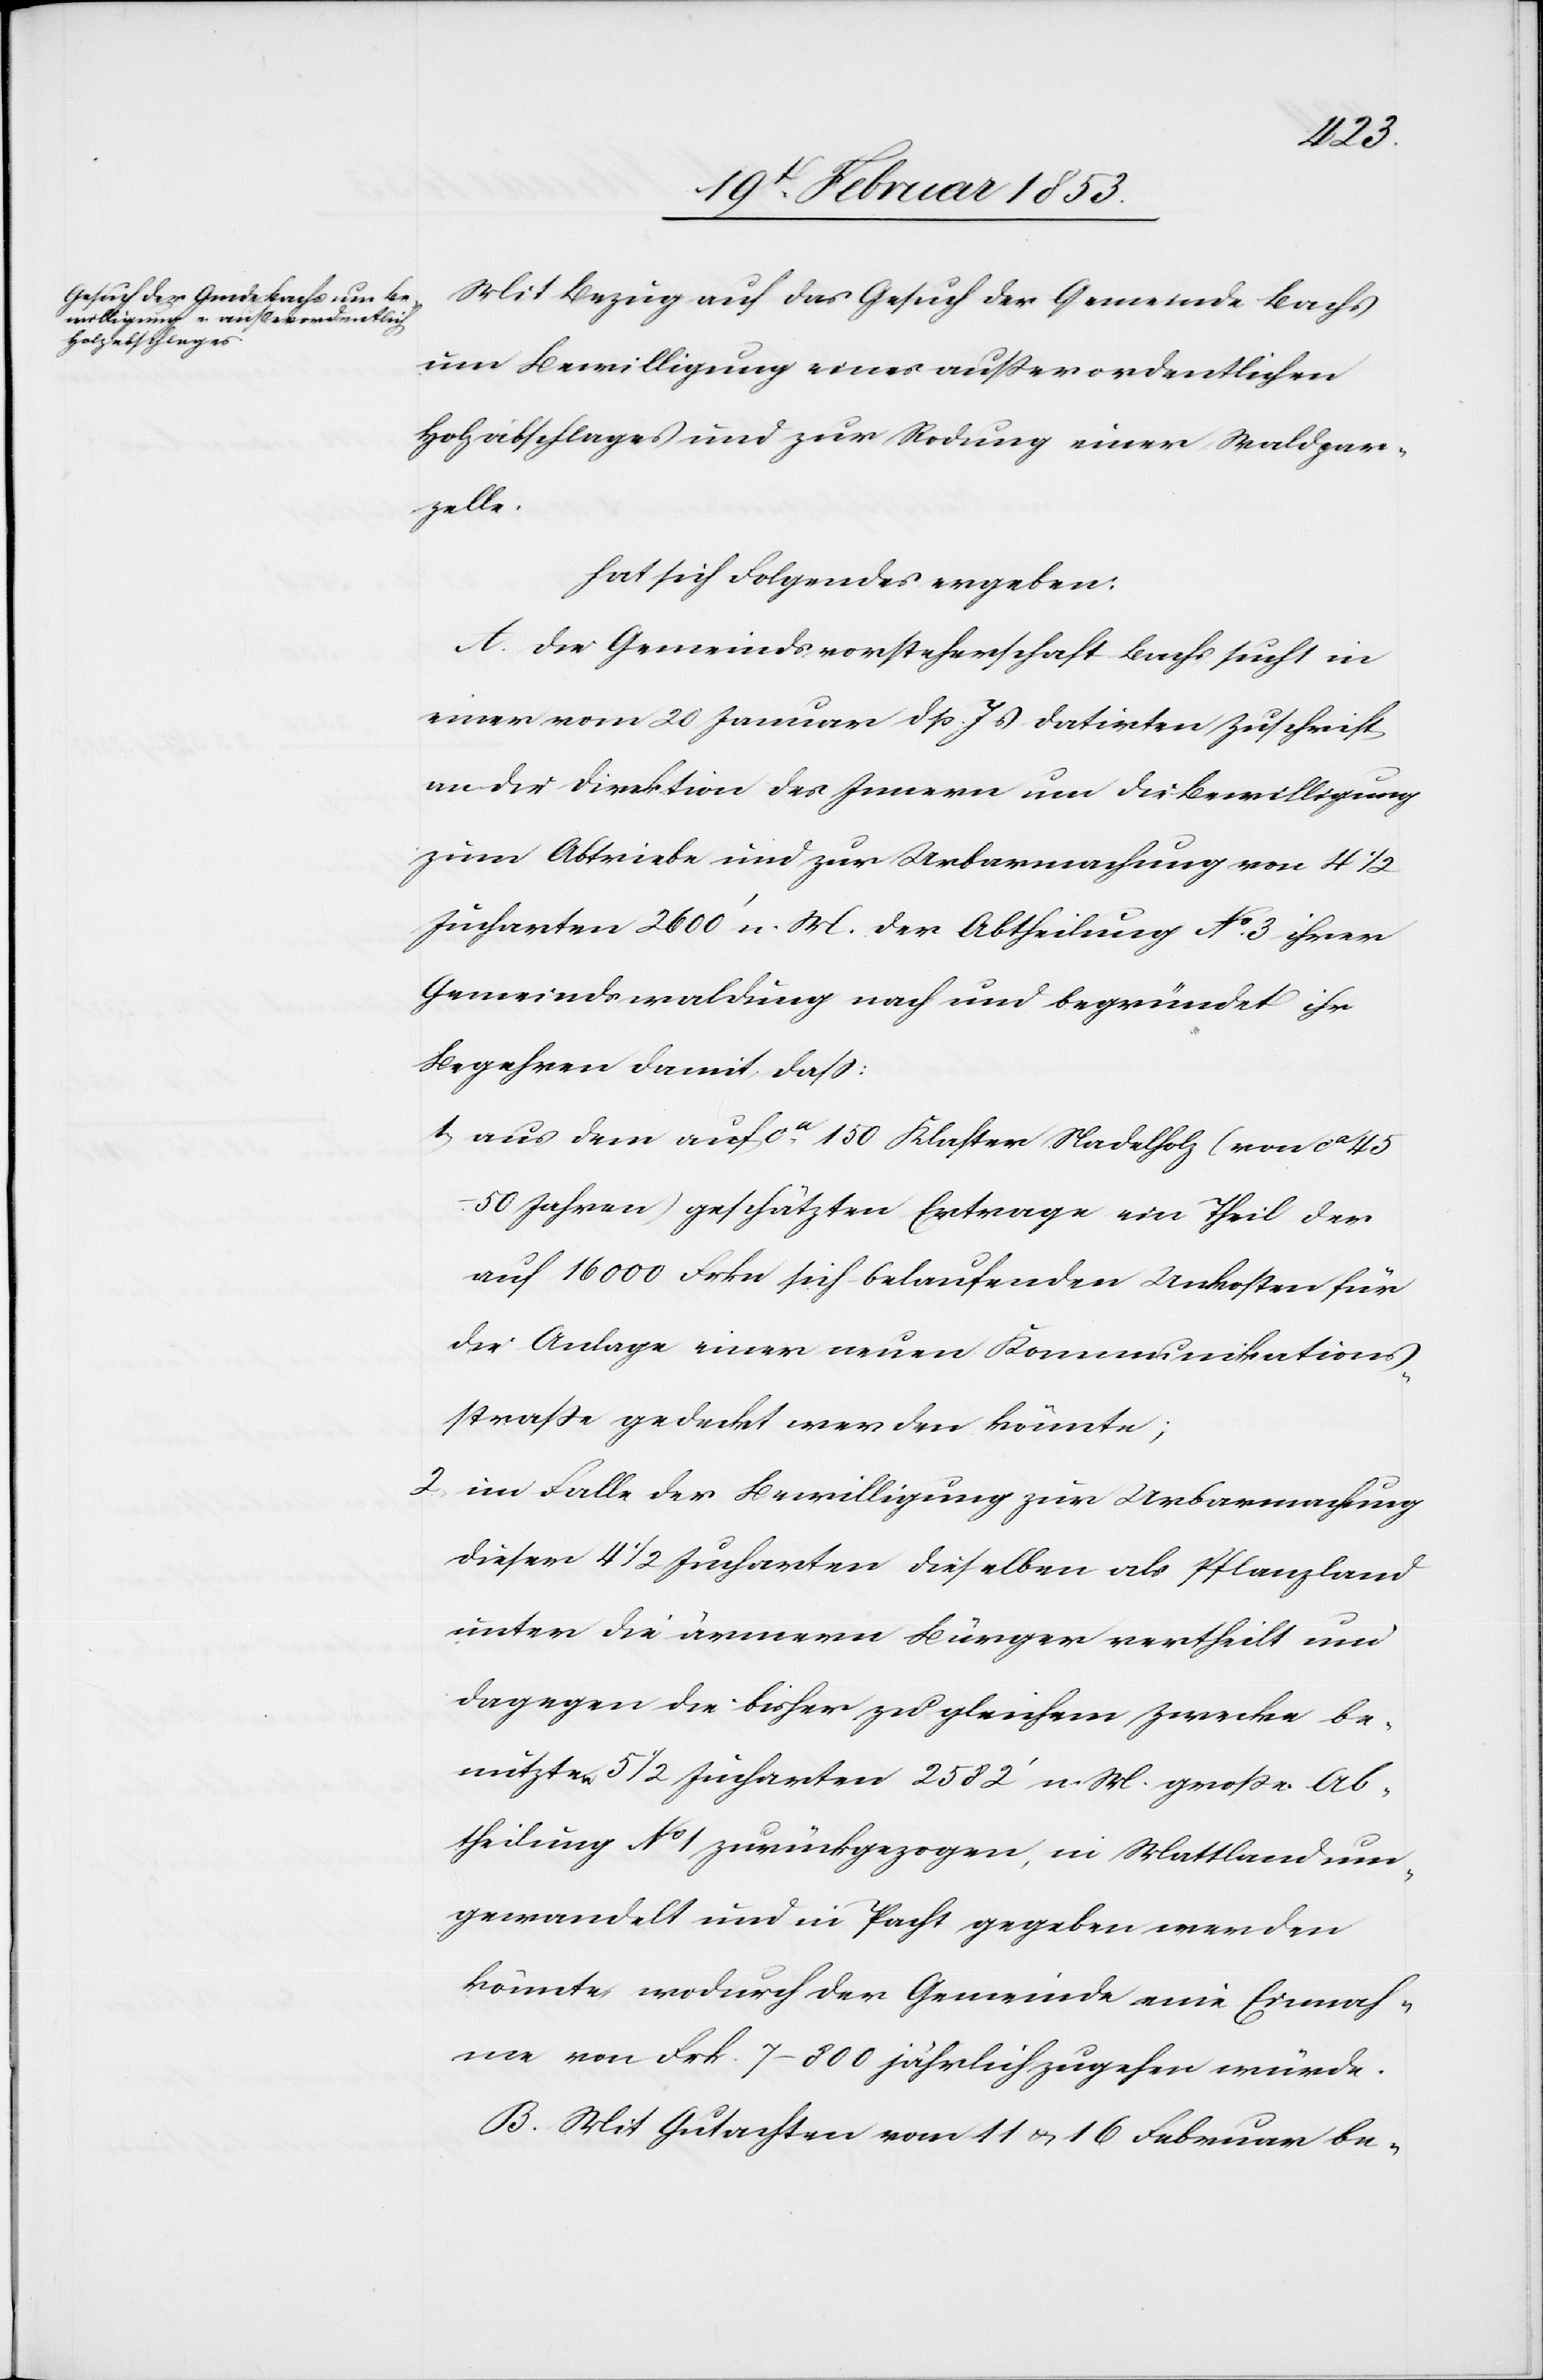
Mit Bezug auf das Gesuch der Gemeinde Bachs
um Bewilligung eines außerordentlichen
Holzabschlages und zur Rodung einer Waldpar¬
zelle.
hat sich Folgendes ergeben:
A. Die Gemeindsvorsteherschaft Bachs sucht in
einer vom 20 Januar d. Js. datirten Zuschrift
an die Direktion des Innern um die Bewilligung
zum Abtriebe und zur Urbarmachung von 4 1/2
Jucharten 2600’ n. M. der Abtheilung No. 3 ihrer
Gemeindswalzung nach und begründet ihr
Begehren damit daß:
1, aus dem auf ca. 150 Klaster Nadelholz (von ca
45–50 Jahren) geschätzten Ertrage ein Theil der
auf 16000 Frkn sich belaufenden Unkosten für
die Anlage einer neuen Kommunikations¬
straße gedeckt werden könnte;
2, im Falle der Bewilligung zur Urbarmachung
dieser 4 1/2 Jucharten dieselben als Pflanzland
unter die ärmern Bürger vertheilt und
dagegen die bisher zu gleichem Zwecke be¬
schützten 5 1/2 Jucharten 2582’ n. M. große Ab¬
theilung No. 1 zurückgezogen, in Mattland um¬
gewandelt und in Pacht gegeben werden
könnte wodurch der Gemeinde eine Einnah¬
me von Frk. 7–800 jährlich zugehen würde.
B. Mit Gutachten vom 11 u. 16 Februar be-